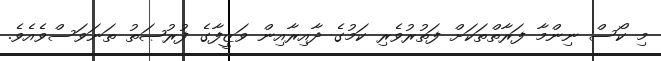
މި ކޯސް ނިންމާ ފަރާތްތަކަށް ފަތުރުވެރި ކަމުގެ ދާއިރާއިން ވަޒީފާގެ ފުރުޞަތު ތަނަވަސްވެއެވެ.